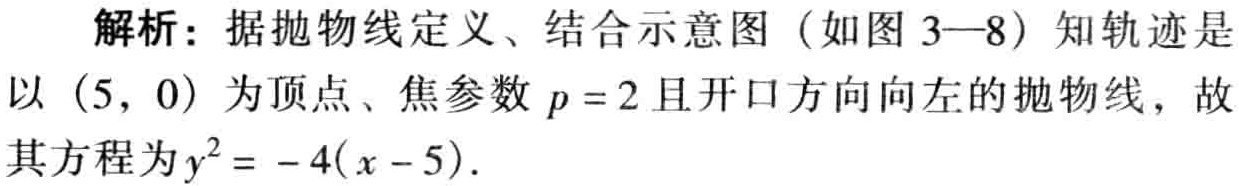
解析：据抛物线定义、结合示意图（如图 3—8）知轨迹是以\((5,0)\)为顶点、焦参数\(p = 2\)且开口方向向左的抛物线，故其方程为\(y^{2}=-4(x - 5)\)。